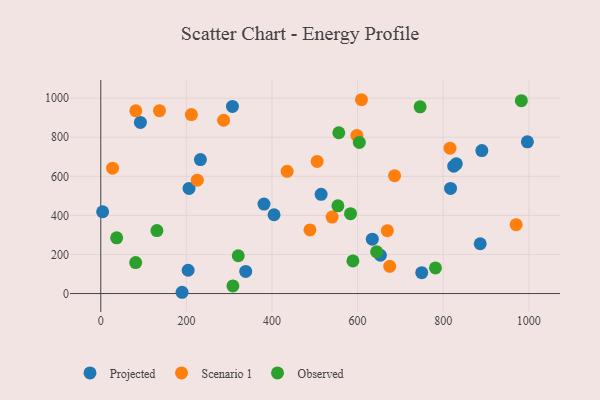
{"axis": {"x": "Speed", "y": "Exam Score"}, "legend": ["Observed", "Projected", "Scenario 1"], "data": [{"x": "653.3", "y": 196.1, "type": "Projected"}, {"x": "886.5", "y": 254.9, "type": "Projected"}, {"x": "824.7", "y": 652.1, "type": "Projected"}, {"x": "338.6", "y": 113.1, "type": "Projected"}, {"x": "890.3", "y": 732.0, "type": "Projected"}, {"x": "996.7", "y": 776.7, "type": "Projected"}, {"x": "749.9", "y": 106.9, "type": "Projected"}, {"x": "817.2", "y": 538.0, "type": "Projected"}, {"x": "92.6", "y": 875.7, "type": "Projected"}, {"x": "232.8", "y": 685.5, "type": "Projected"}, {"x": "206.2", "y": 538.1, "type": "Projected"}, {"x": "634.4", "y": 278.2, "type": "Projected"}, {"x": "307.6", "y": 957.5, "type": "Projected"}, {"x": "189.9", "y": 6.6, "type": "Projected"}, {"x": "404.8", "y": 403.4, "type": "Projected"}, {"x": "4.3", "y": 418.8, "type": "Projected"}, {"x": "204.1", "y": 119.4, "type": "Projected"}, {"x": "514.8", "y": 507.8, "type": "Projected"}, {"x": "381.3", "y": 458.1, "type": "Projected"}, {"x": "830.7", "y": 663.9, "type": "Projected"}, {"x": "598.4", "y": 809.1, "type": "Scenario 1"}, {"x": "435.4", "y": 625.7, "type": "Scenario 1"}, {"x": "505.5", "y": 676.2, "type": "Scenario 1"}, {"x": "815.9", "y": 744.3, "type": "Scenario 1"}, {"x": "27.5", "y": 641.6, "type": "Scenario 1"}, {"x": "669.5", "y": 322.1, "type": "Scenario 1"}, {"x": "675.1", "y": 139.4, "type": "Scenario 1"}, {"x": "970.4", "y": 352.8, "type": "Scenario 1"}, {"x": "287.0", "y": 886.9, "type": "Scenario 1"}, {"x": "81.8", "y": 935.0, "type": "Scenario 1"}, {"x": "609.1", "y": 992.0, "type": "Scenario 1"}, {"x": "211.7", "y": 915.8, "type": "Scenario 1"}, {"x": "488.7", "y": 325.5, "type": "Scenario 1"}, {"x": "137.2", "y": 936.2, "type": "Scenario 1"}, {"x": "540.5", "y": 391.6, "type": "Scenario 1"}, {"x": "686.4", "y": 603.3, "type": "Scenario 1"}, {"x": "225.4", "y": 580.4, "type": "Scenario 1"}, {"x": "131.1", "y": 322.2, "type": "Observed"}, {"x": "321.2", "y": 193.4, "type": "Observed"}, {"x": "308.7", "y": 39.0, "type": "Observed"}, {"x": "781.9", "y": 131.4, "type": "Observed"}, {"x": "583.5", "y": 408.9, "type": "Observed"}, {"x": "589.0", "y": 167.2, "type": "Observed"}, {"x": "746.1", "y": 955.6, "type": "Observed"}, {"x": "37.1", "y": 285.0, "type": "Observed"}, {"x": "81.5", "y": 158.4, "type": "Observed"}, {"x": "644.5", "y": 214.0, "type": "Observed"}, {"x": "556.1", "y": 822.9, "type": "Observed"}, {"x": "982.6", "y": 987.3, "type": "Observed"}, {"x": "604.0", "y": 773.5, "type": "Observed"}, {"x": "554.0", "y": 448.8, "type": "Observed"}]}